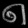
Digit: ၈